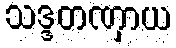
သဒ္ဒတဏှာယ